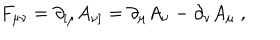
LaTeX: F _ { \mu \nu } = \partial _ { [ \mu } A _ { \nu ] } = \partial _ { \mu } A _ { \nu } - \partial _ { \nu } A _ { \mu } \ ,